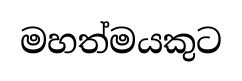
මහත්මයකුට